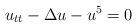
LaTeX: \begin{align*}u_{tt} -\Delta u - u^5=0\end{align*}